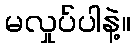
မလှုပ်ပါနဲ့။